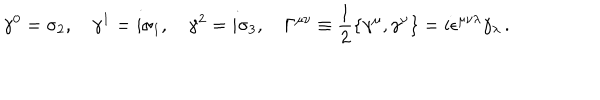
LaTeX: \gamma ^ { 0 } = \sigma _ { 2 } , \quad \gamma ^ { 1 } = i \sigma _ { 1 } , \quad \gamma ^ { 2 } = i \sigma _ { 3 } , \quad \Gamma ^ { \mu \nu } \equiv \frac { 1 } { 2 } \{ \gamma ^ { \mu } , \gamma ^ { \nu } \} = i \epsilon ^ { \mu \nu \lambda } \gamma _ { \lambda } \, .